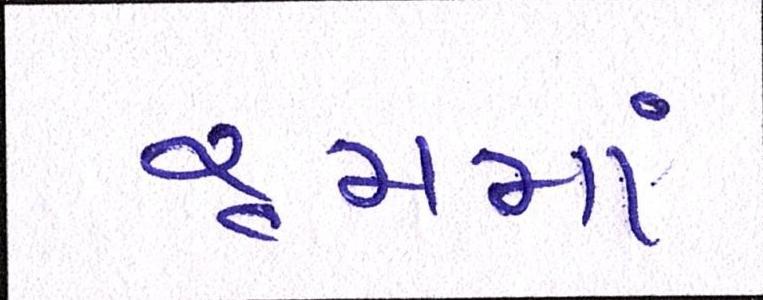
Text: રૃમમાં